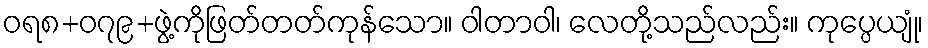
ဝရ၈+၀၇၉+ဖွဲ့ကိုဖြတ်တတ်ကုန်သော။ ဝါတာဝါ၊ လေတို့သည်လည်း။ ကုပ္ပေယျုံ၊